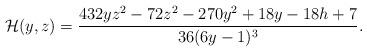
LaTeX: \begin{align*}\mathcal{H}(y,z)=\frac {432 y z^2-72 z^2-270 y^2+18 y-18 h + 7}{36(6y-1)^3}.\end{align*}